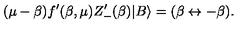
( \mu - \beta ) f ^ { \prime } ( \beta , \mu ) Z _ { - } ^ { \prime } ( \beta ) | B \rangle = ( \beta \leftrightarrow - \beta ) .